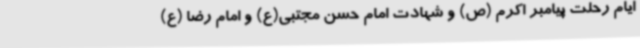
ایام رحلت پیامبر اکرم (ص) و شهادت امام حسن مجتبی(ع) و امام رضا (ع)